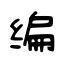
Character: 编